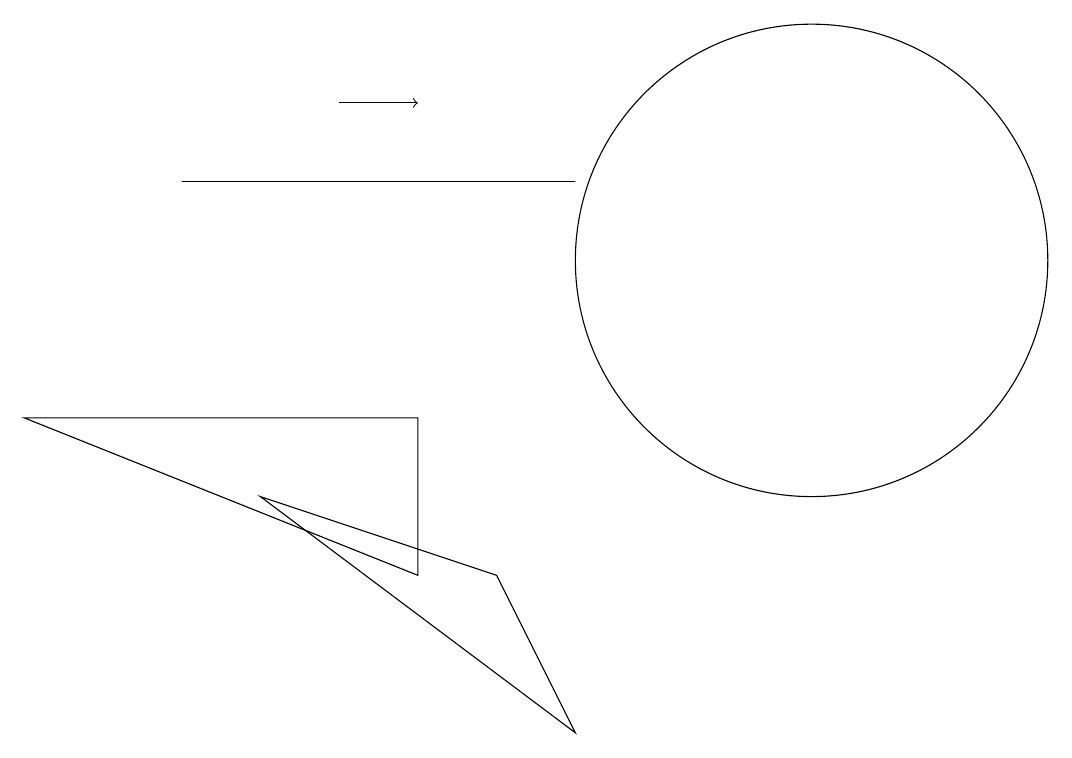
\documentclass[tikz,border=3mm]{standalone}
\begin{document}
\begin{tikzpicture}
\draw[->] (6,13) -- (7,13);
\draw (9,5) -- (5,8) -- (8,7) -- cycle;
\draw (9,12) rectangle (4,12);
\draw (12,11) circle (3);
\draw (2,9) -- (7,7) -- (7,9) -- cycle;
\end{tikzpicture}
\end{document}